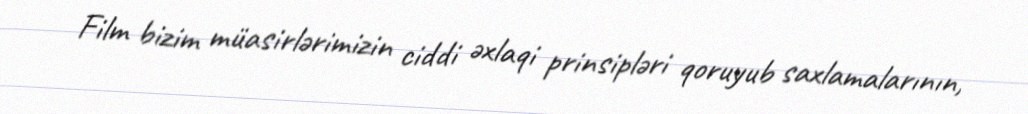
Film bizim müasirlərimizin ciddi əxlaqi prinsipləri qoruyub saxlamalarının,